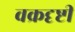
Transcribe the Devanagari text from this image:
वक्रदृष्टी